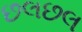
છલછલ